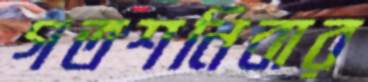
গতশনিবার